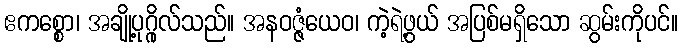
ဧကစ္စော၊ အချို့ပုဂ္ဂိုလ်သည်။ အနဝဇ္ဇံယေဝ၊ ကဲ့ရဲ့ဖွယ် အပြစ်မရှိသော ဆွမ်းကိုပင်။